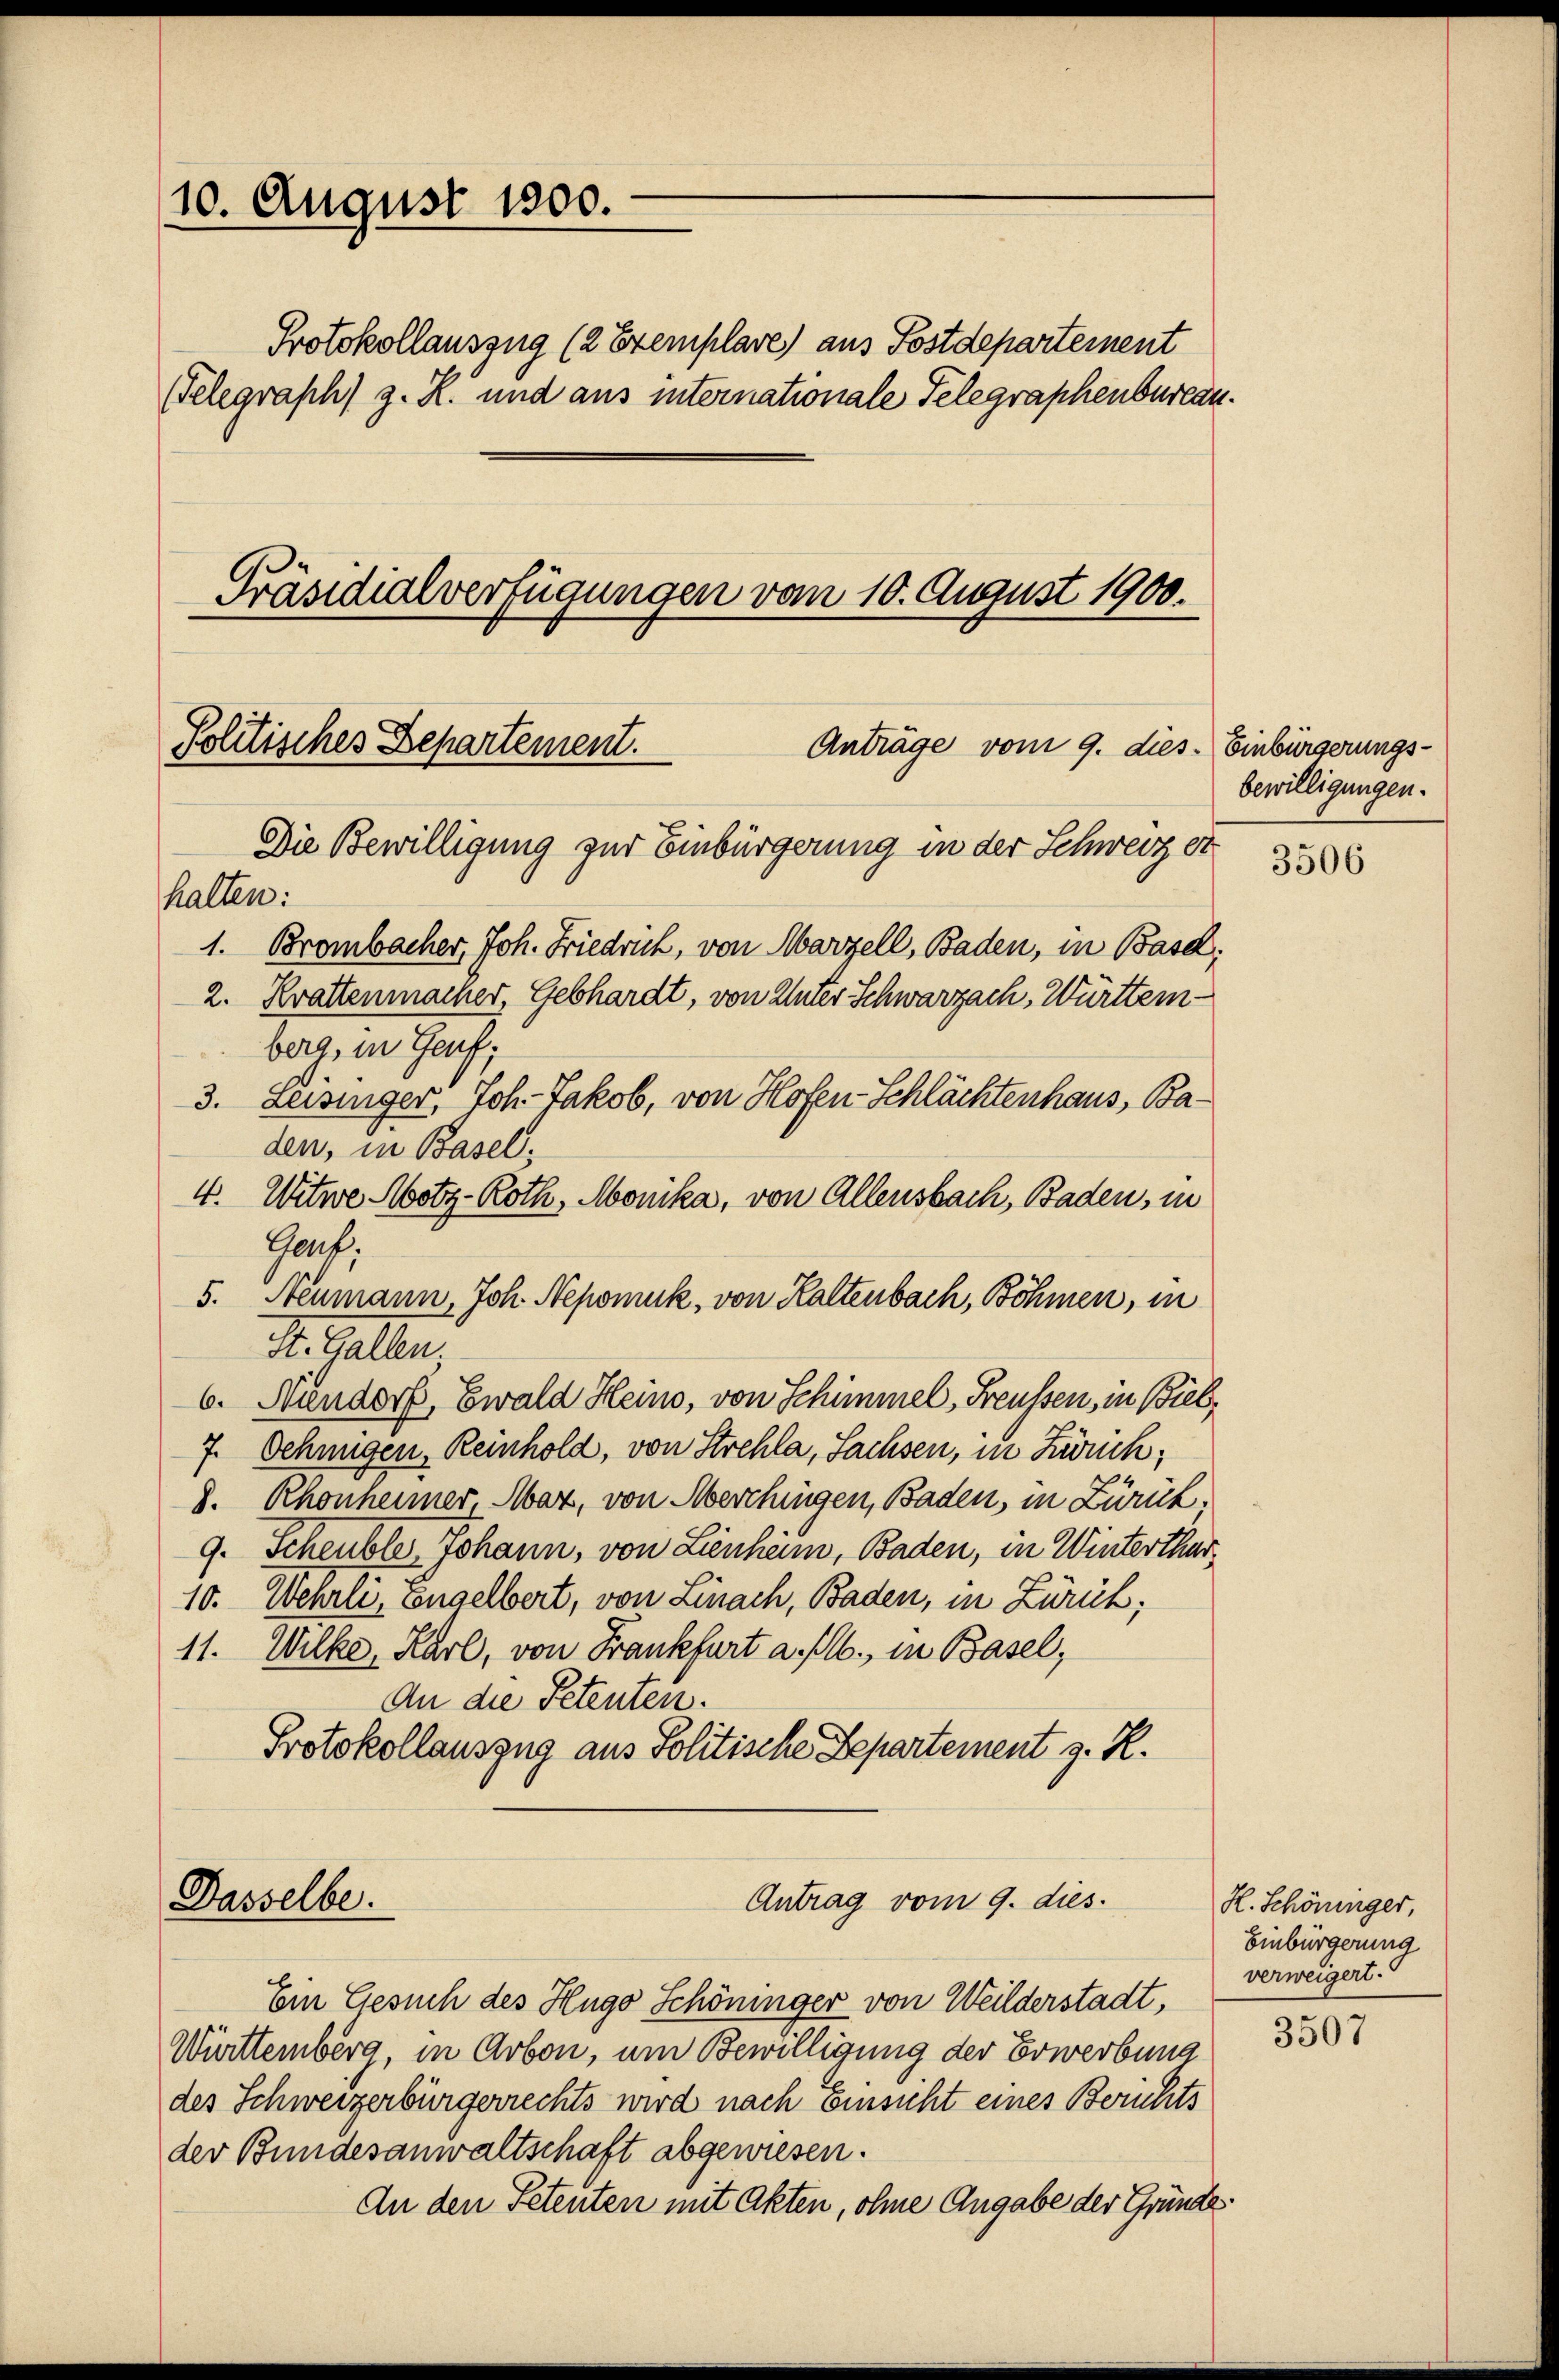
10. August 1800.

Präsidialverfügungen vom 10. August 1900.

Politisches Departement.
Anträge vom 9. dies
Die Bewilligung zur Einbürgerung in der Schweiz er

halten:

Protokollauszug (2 Exemplare) aus Postdepartement
Telegraph) z. R. und aus internationale Telegraphenbureau.

1. Brombacher, Joh. Friedrich, von Marzell, Baden, in Basel;
2. Krattenmacher, Gebhardt, von Unter Schwarzach, Württemberg, in Genf;
3. Leisinger, Joh. Jakob, von Hofen-Schlächtenhaus, Baden, in Basel,
4. Witwe Motz-Roth, Monika, von Allensbach, Baden, in
Gouf.
5. Neumann, Joh. Nepomuk, von Haltenbach, Böhmen, in
St. Gallen
6. Nundorf, Ewald Heino, von Schimmel, Freussen, in Bieb¬
7. Oehmigen, Reinhold, von Strehla, Sachsen, in Zürich,
8. Rhonheimer, Maz, von Aberchingen, Baden, in Zürich.
9. Scheuble Johann, von Lienheim, Baden, in Winterthur¬
10. Wehrli, Engelbert, von Linach, Baden, in Zürich;
11. Wilke, Karl, von Frankfurt a. M., in Basel,
An die Petenten.
Protokollauszug aus Politische Departement z. H.
Antrag vom 9. dies
Dasselbe.
Ein Gesuch des Hugo Schöninger von Weilderstadt,
Württemberg, in Arbon, um Bewilligung der Erwerbung
des Schweizerbürgerrechts wird nach Einsicht eines Berichts
der Bundesanwaltschaft abgewiesen.
An den Petenten mit Akten, ohne Angabe der Gründe

Einbürgerungs-
bewilligungen.

3506

H. Schöninger,
Einbürgerung
verweigert.

3507